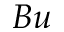
B u